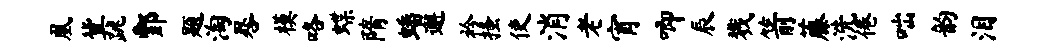
凰冀跳酆题淘晷模咯蝶隋蟠邂衿搔使消老宵唧辰戮箭藤洗倦咄韵泪